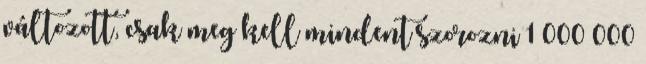
változott, csak meg kell mindent szorozni 1 000 000